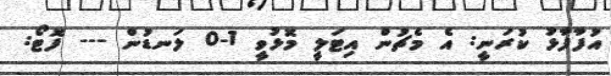
އުފާފާޅު ކުރަނީ: އެ މެޗުން އިޓަލީ މޮޅުވީ 1-0 ލަނޑުން --- ފޮޓޯ: